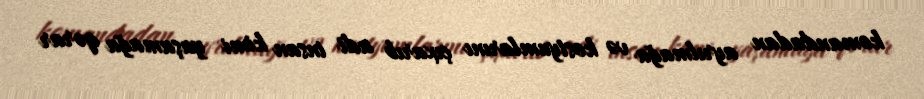
komandadan ayrılmağa və kostyumlarını çıxarıb adi insan kimi yaşamağa qərar